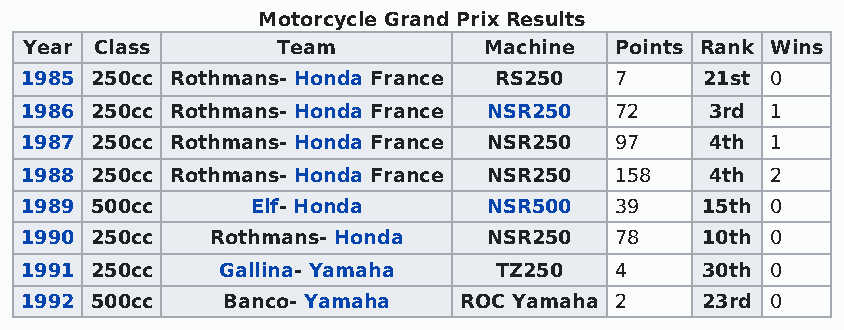
Motorcycle Grand Prix Results
 Year Class      Team          Machine  Points Rank Wins
 1985 250cc Rothmans- Honda France RS250 7     21st 0
 1986 250cc Rothmans- Honda France NSR250 72   3rd 1
 1987 250cc Rothmans- Honda France NSR250 97   4th 1
 1988 250cc Rothmans- Honda France NSR250 158  4th 2
 1989 500cc      Elf- Honda     NSR500   39   15th 0
 1990 250cc   Rothmans- Honda   NSR250   78   10th 0
 1991 250cc   Gallina- Yamaha    TZ250   4    30th 0
 1992 500cc    Banco- Yamaha  ROC Yamaha 2    23rd 0